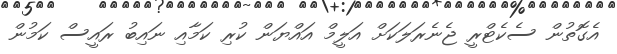
އެގޮތުން ސެކެޓްރީ ޖެނެރަލަކަށް އަލީމް އައްޔަން ކުރި ކަމާއި ނައިބު ރައީސް ކަމުން